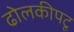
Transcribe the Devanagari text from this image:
ढोलकीपटू